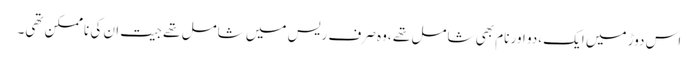
اس دوڑ میں ایک ،دو اور نام بھی شامل تھے ،وہ صرف ریس میں شامل تھے جیت ان کی ناممکن تھی۔